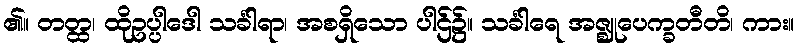
၏။ တတ္ထ၊ ထိုဥပ္ပါဒေါ သင်္ခါရာ၊ အစရှိသော ပါဌ်၌။ သင်္ခါရေ အဇ္ဈုပေက္ခတီတိ၊ ကား။